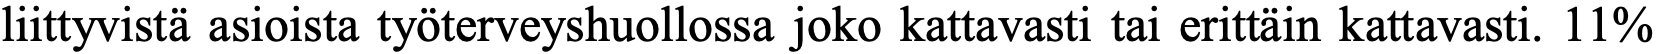
liittyvistä asioista työterveyshuollossa joko kattavasti tai erittäin kattavasti. 11%